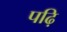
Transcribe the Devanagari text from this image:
पढ़ि